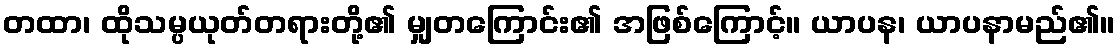
တထာ၊ ထိုသမ္ပယုတ်တရားတို့၏ မျှတကြောင်း၏ အဖြစ်ကြောင့်။ ယာပန၊ ယာပနာမည်၏။